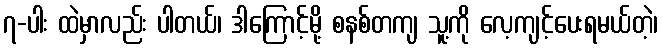
၇-ပါး ထဲမှာလည်း ပါတယ်၊ ဒါကြောင့်မို့ စနစ်တကျ သူ့ကို လေ့ကျင့်ပေးရမယ်တဲ့၊